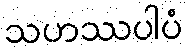
သဟဿပါပံ